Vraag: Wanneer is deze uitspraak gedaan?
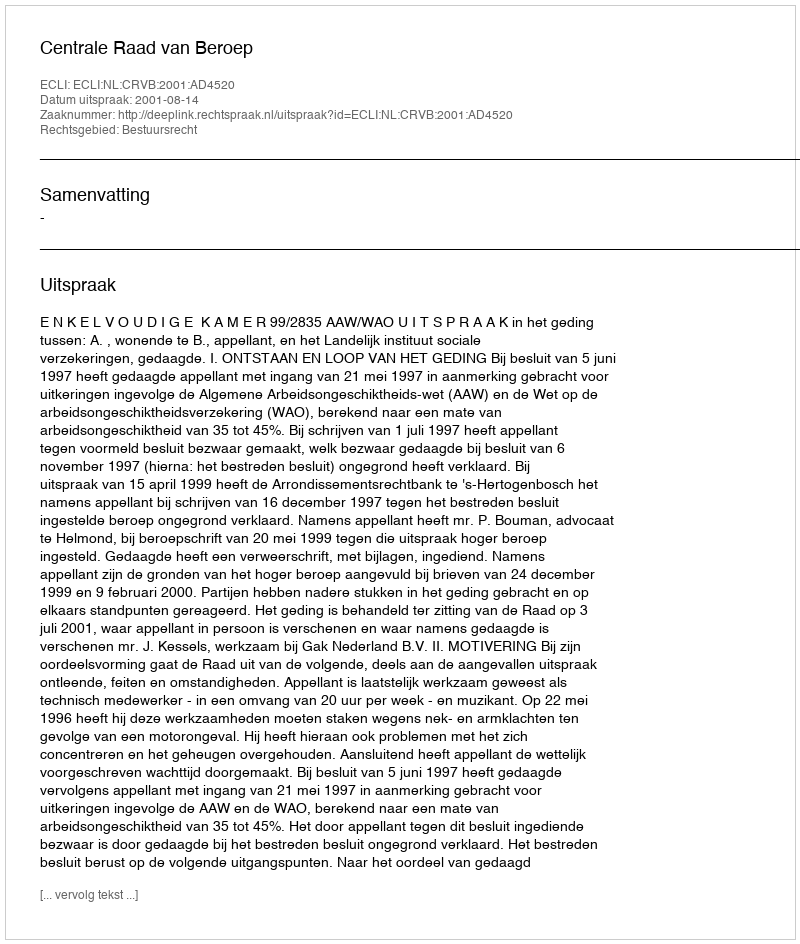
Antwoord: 2001-08-14